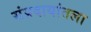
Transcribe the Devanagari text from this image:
संप्रदायांतला